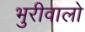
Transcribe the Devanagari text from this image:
भुरीवालो